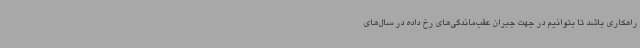
راهکاری باشد تا بتوانیم در جهت جبران عقب‌ماندگی‌های رخ داده در سال‌های